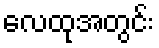
လေထုအတွင်း